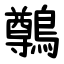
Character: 鷷